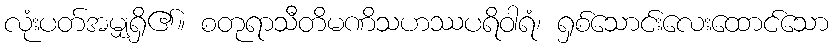
လုံးပတ်အမျှရှိ၏။ စတုရာသီတိမဏိသဟဿပရိဝါရံ၊ ရှစ်သောင်းလေးထောင်သော